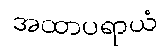
အထာပရာယံ